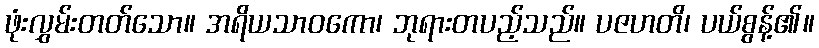
ဖုံးလွှမ်းတတ်သော။ အရိယသာဝကော၊ ဘုရားတပည့်သည်။ ပဇဟတိ၊ ပယ်စွန့်၏။